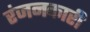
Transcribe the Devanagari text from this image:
रंजनकारी